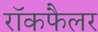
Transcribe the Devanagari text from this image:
रॉकफैलर